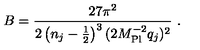
B = \frac { 2 7 \pi ^ { 2 } } { 2 \left( n _ { j } - \frac { 1 } { 2 } \right) ^ { 3 } ( 2 M _ { \mathrm { P l } } ^ { - 2 } q _ { j } ) ^ { 2 } } \ .